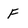
Character: F